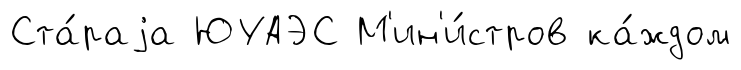
Ста́раjа ЮУАЭС М'ин'и́стров ка́ждом